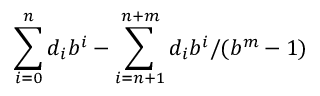
\sum _ { i = 0 } ^ { n } d _ { i } b ^ { i } - \sum _ { i = n + 1 } ^ { n + m } d _ { i } b ^ { i } / ( b ^ { m } - 1 )